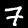
Digit: 7